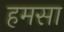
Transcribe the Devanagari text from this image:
हमसा